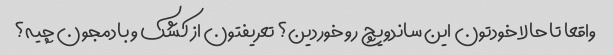
واقعا تا حالا خودتون این ساندویچ رو خوردین؟ تعریفتون از کشک و بادمجون چیه؟